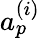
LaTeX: a_{p}^{(i)}